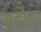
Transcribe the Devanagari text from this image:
ब्रह्मैया